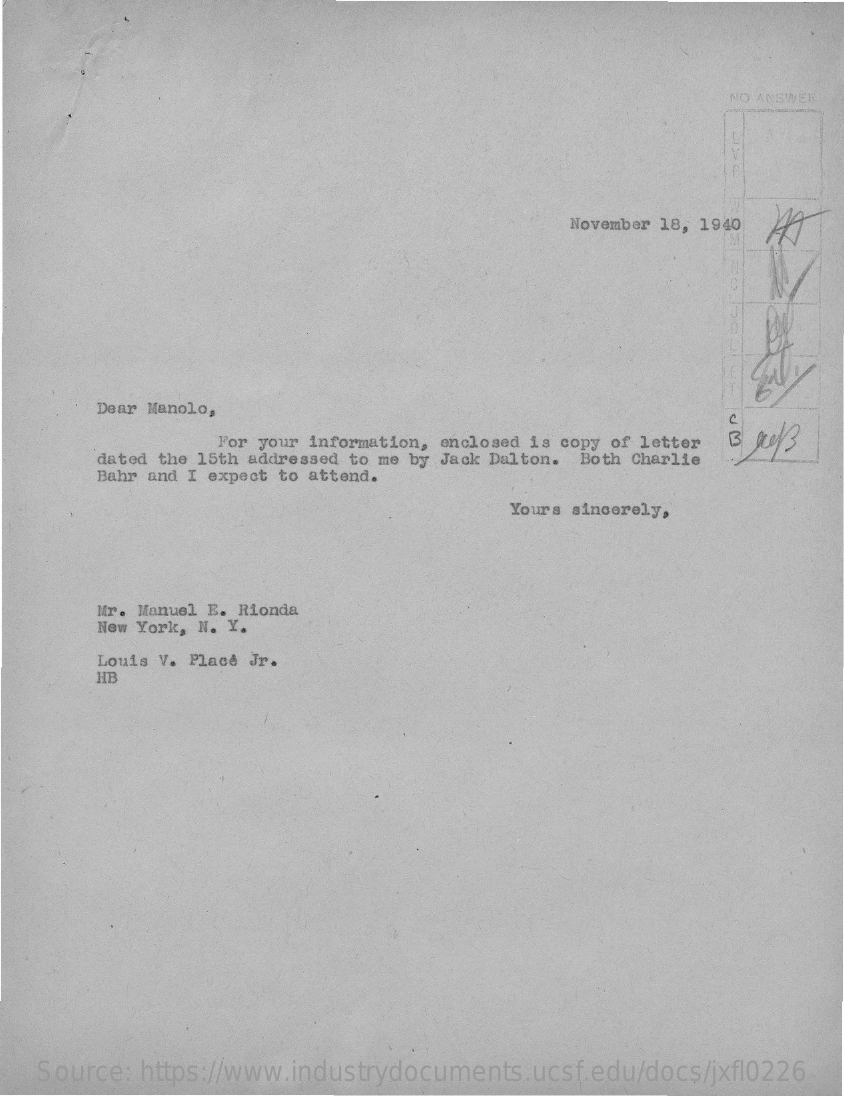
NO ANSWER
     November 18, 1940
     Dear Manolo,
     UM
     For your information, enclosed is copy of letter
     dated the 15th addressed to me by Jack Dalton. Both Charlie
     Bahr and I expect to attend.
     Yours sincerely,
     Mr. Manuel E. Rionda
     New York, N. Y.
     Louis V. Place Jr.
     HB
   Source: https://www.industrydocuments.ucsf.edu/docs/jxfl0226